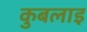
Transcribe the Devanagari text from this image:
कुबलाइ